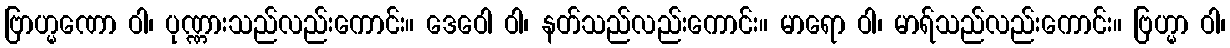
ဗြာဟ္မဏော ဝါ၊ ပုဏ္ဏားသည်လည်းကောင်း။ ဒေဝေါ ဝါ၊ နတ်သည်လည်းကောင်း။ မာရော ဝါ၊ မာရ်သည်လည်းကောင်း။ ဗြဟ္မာ ဝါ၊